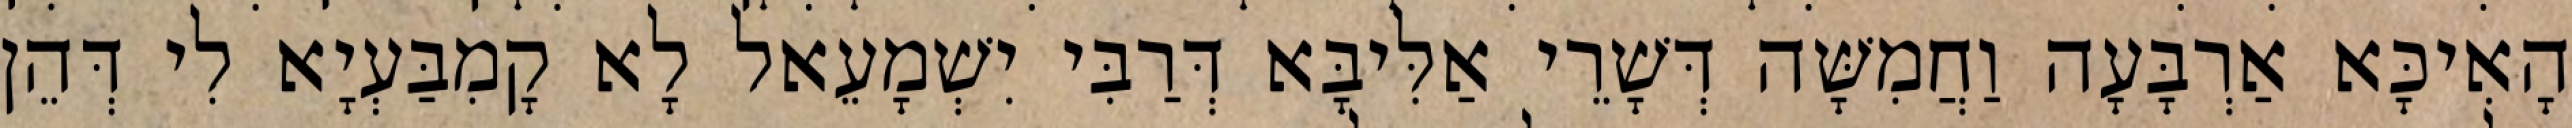
הָאִיכָּא אַרְבָּעָה וַחֲמִשָּׁה דְּשָׁרֵי אַלִּיבָּא דְּרַבִּי יִשְׁמָעֵאל לָא קָמִבַּעְיָא לִי דְּהֵן